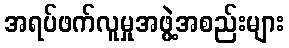
အရပ်ဖက်လူမှုအဖွဲ့အစည်းများ